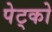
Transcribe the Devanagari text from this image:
पेट्को